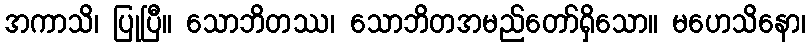
အကာသိ၊ ပြုပြီ။ သောဘိတဿ၊ သောဘိတအမည်တော်ရှိသော။ မဟေသိနော၊